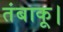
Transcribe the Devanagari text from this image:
तंबाकू।